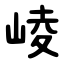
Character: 崚